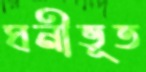
ঘনীভূত